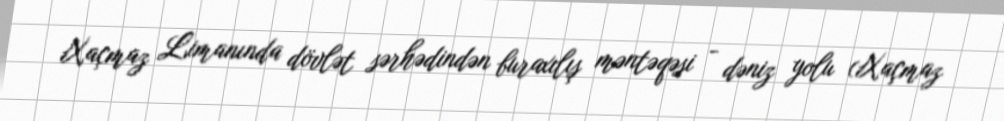
Xaçmaz Limanında dövlət sərhədindən buraxılış məntəqəsi - dəniz yolu (Xaçmaz